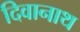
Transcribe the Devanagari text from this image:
दिवानाथ